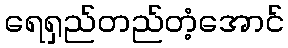
ရေရှည်တည်တံ့အောင်